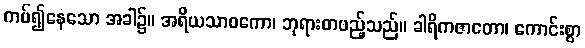
ကပ်၍နေသော အခါ၌။ အရိယသာဝကော၊ ဘုရားတပည့်သည်။ ခါရိကဇာတော၊ ကောင်းစွာ